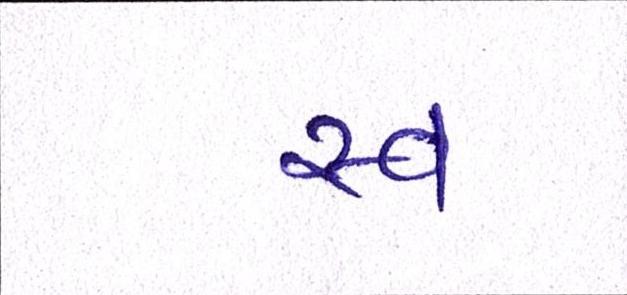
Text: સ્વ